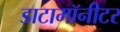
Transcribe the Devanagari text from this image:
डाटामॉनीटर